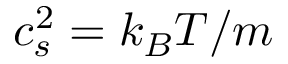
c _ { s } ^ { 2 } = k _ { B } T / m